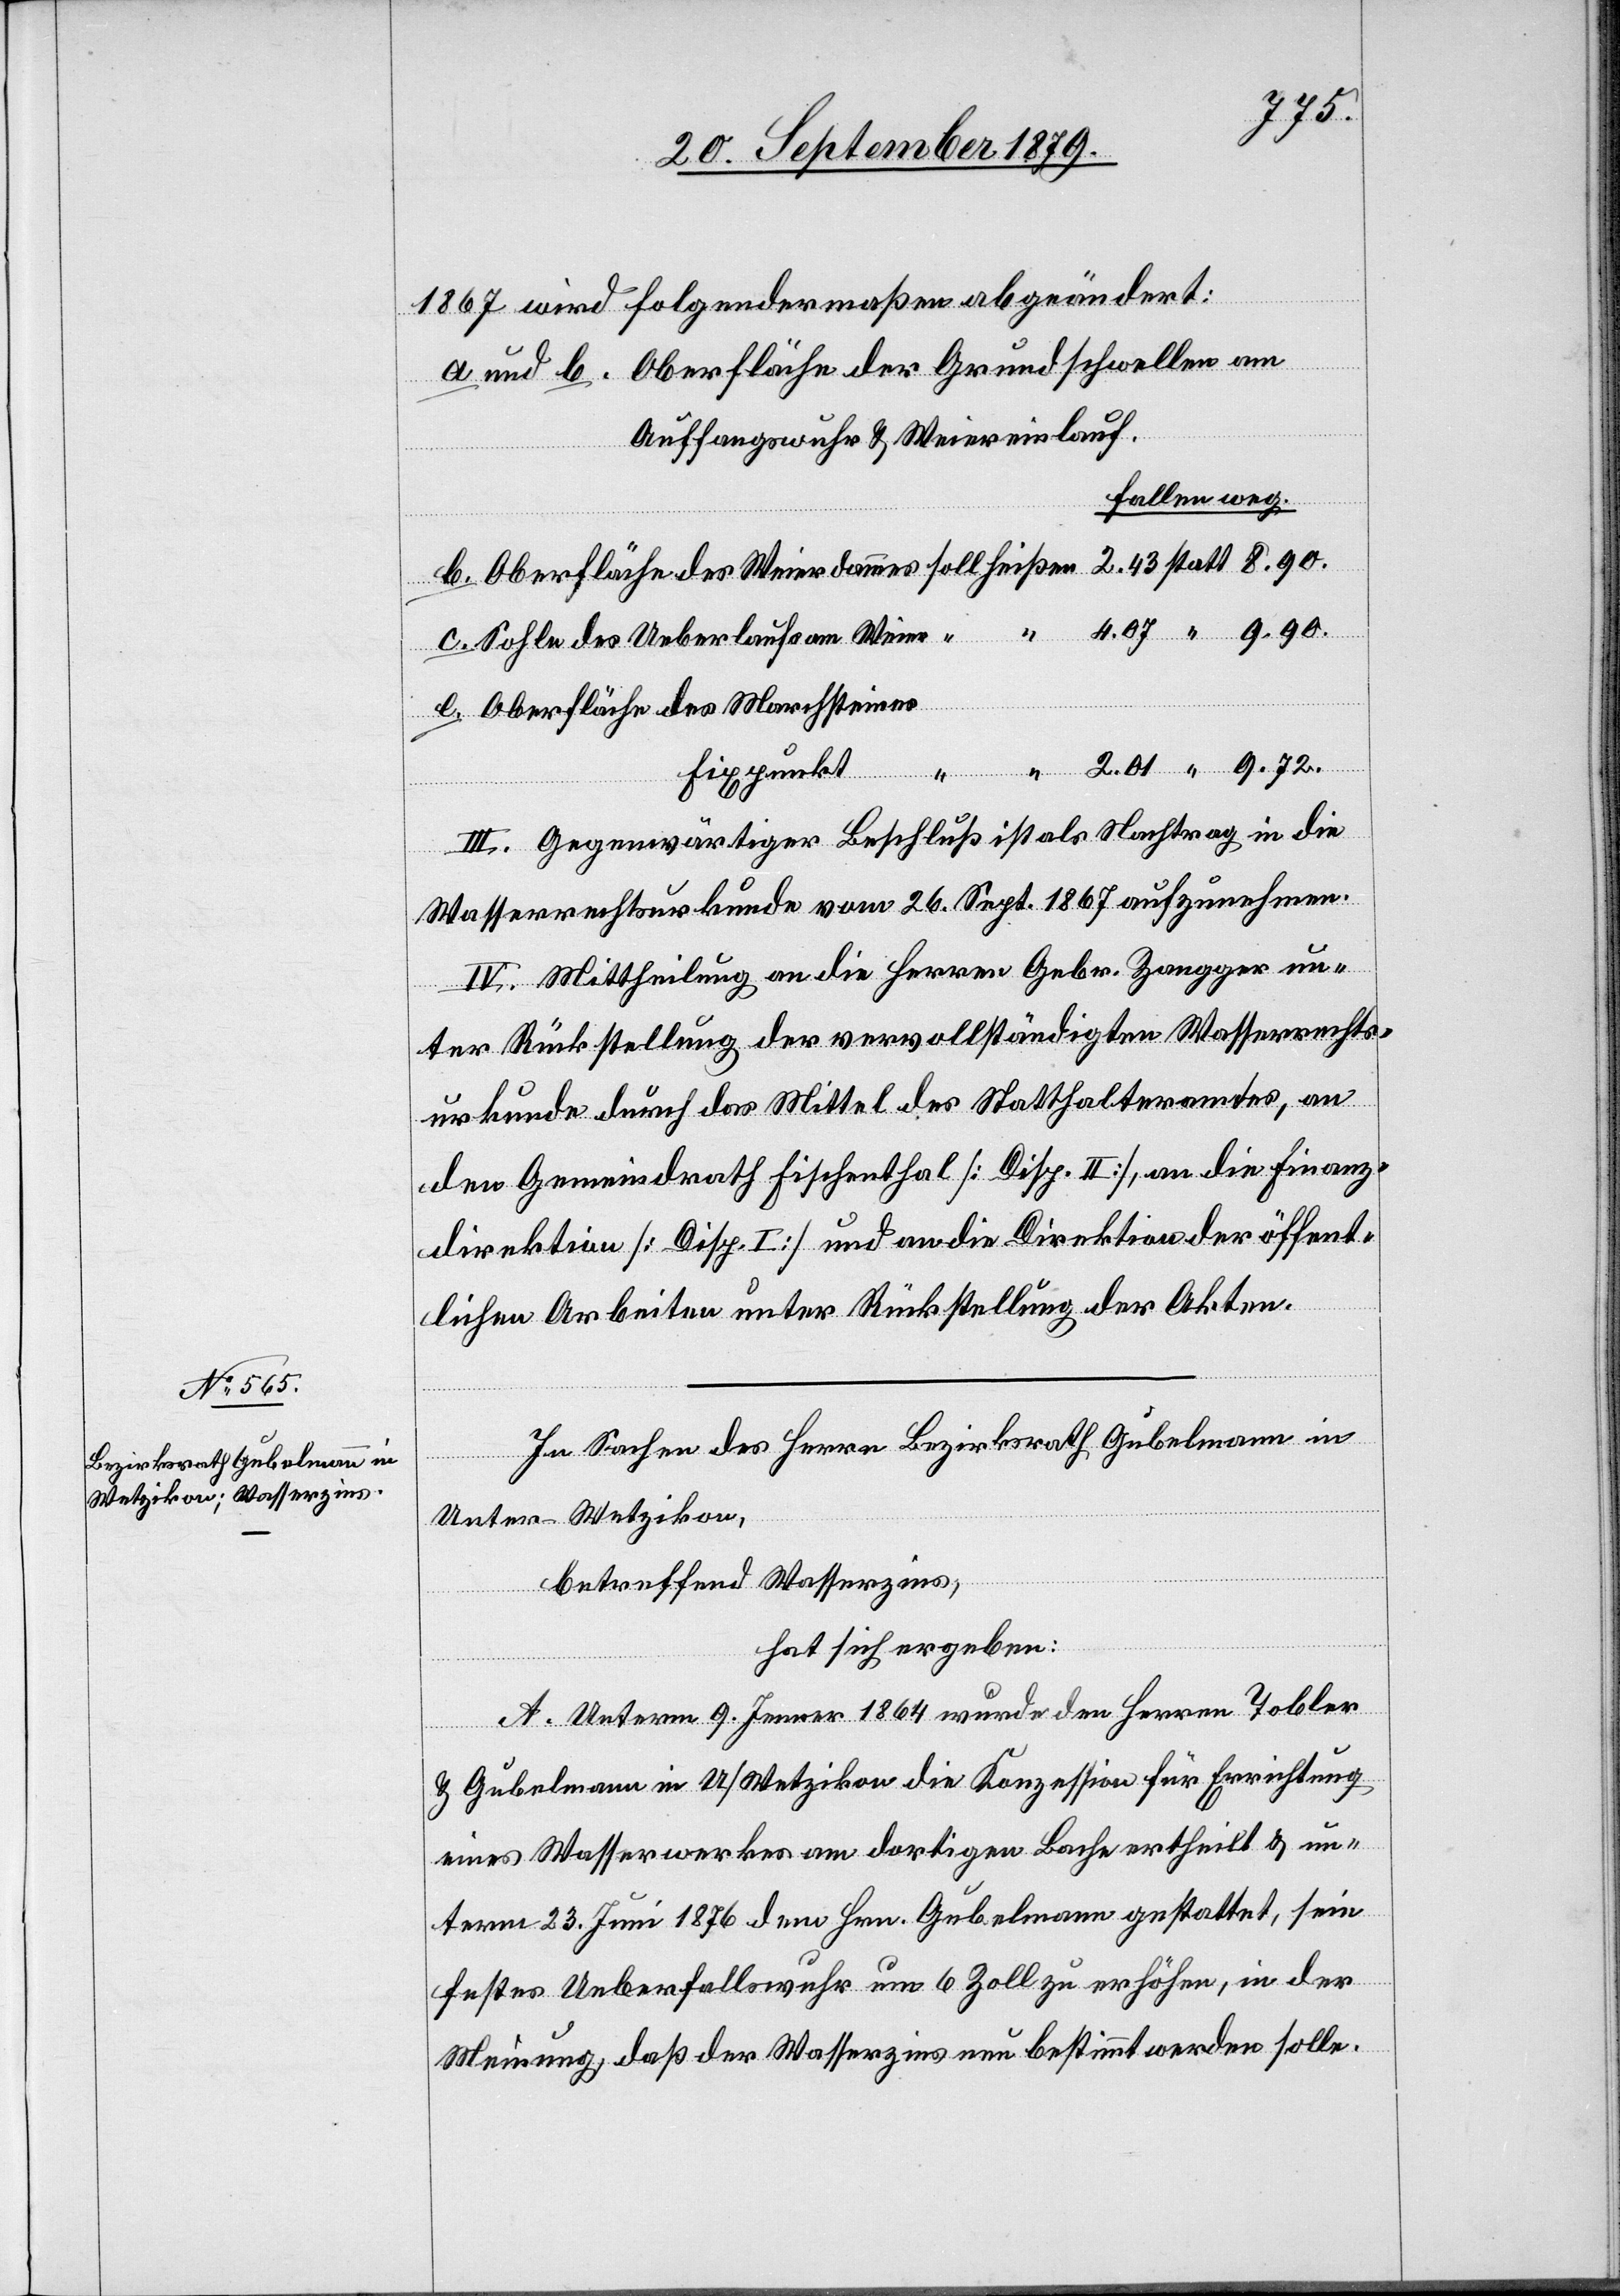
9.72.
“
1867 wird folgendermaßen abgeändert:
a. und b. Oberfläche der Grundschwellen am
Auffangswuhr & Weiereinlauf.
fallen weg.
b. Oberfläche des Weierdammes soll heißen 2.43 statt 8.90.
c. Sohle des Ueberlaufs am Weier “ “ 4.07 “ 9.90.
e. Oberfläche des Marchsteines
Fixpunkt
ion der
öffent¬
III. Gegenwärtiger Beschluß ist als Nachtrag in die
Wasserrechtsurkunde vom 26. Sept. 1867 aufzunehmen.
IV. Mittheilung an die Herren Gebr. Zangger un¬
ter Rückstellung der vervollständigten Wasserrechts¬
urkunde durch das Mittel des Statthalteramtes, an
den Gemeindrath Fischenthal [Disp. I] und an die Direkt¬
lichen Arbeiten unter Rückstellung der Akten.
In Sachen des Herren Bezirksrath Gubelmann in
Unter-Wetzikon,
betreffend Wasserzins,
hat sich ergeben:
A. Unterm 9. Jenner 1864 wurde den Herren Tobler
& Gubelmann in U/Wetzikon die Konzession für Errichtung
eines Wasserwerkes am dortigen Bache ertheilt & un¬
term 23. Juni 1876 dem Hrn. Gubelmann gestattet, sein
fester Ueberfallswuhr um 6 Zoll zu erhöhen, in der
Meinung, daß der Wasserzins neu bestimmt werden solle.